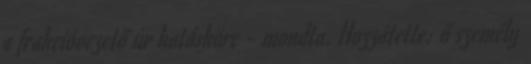
a frakcióvezető úr hatásköre - mondta. Hozzátette: ő személy